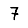
Digit: 7